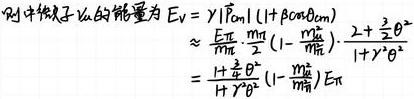
则中微子$\nu_{\mu}$的能量为$E_{\nu}=\gamma E_{\pi_{0}}(1+\beta\cos\theta_{\text{cm}})$
$\approx\frac{E_{\pi}}{m_{\pi}}\cdot\frac{m_{\mu}}{2}(1 - \frac{m_{\mu}^{2}}{m_{\pi}^{2}})\cdot\frac{2+\frac{3}{2}\theta^{2}}{1+\gamma^{2}\theta^{2}}$
$=\frac{1+\frac{3}{8}\theta^{2}}{1+\gamma^{2}\theta^{2}}(1 - \frac{m_{\mu}^{2}}{m_{\pi}^{2}})E_{\pi}$